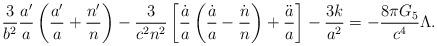
LaTeX: \begin{align*}{3\over b^2}{a^{\prime}\over a}\left({a^{\prime}\over a}+{n^{\prime}\over n}\right)-{3\over{c^2n^2}}\left[{\dot{a}\over a}\left({\dot{a}\over a}-{\dot{n}\over n}\right)+{\ddot{a}\over a}\right]-{{3k}\over a^2}=-{{8\pi G_5}\over c^4}\Lambda.\end{align*}